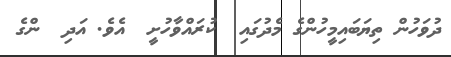
ދުވަހުން ތިޔަބައިމީހުންގެ މެދުގައި  ކުރައްވާހުށީ  އެވެ. އަދި  ންގެ